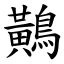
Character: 鷬